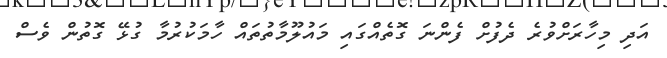
އަދި މިހާރަށްވުރެ ދެފުށް ފެންނަ ގޮތެއްގައި މައުލޫމާތުތައް ހާމަކުރުމާ ގުޅޭ ގޮތުން ވެސް